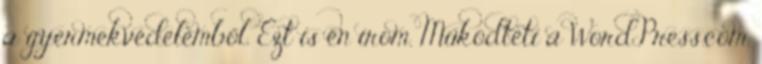
a gyermekvédelemből. Ezt is én írom. Működteti a WordPress.com.